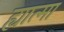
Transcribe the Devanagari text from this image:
ह्यात्मा